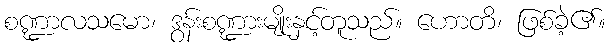
စဏ္ဍာလသမော၊ ဒွန်းစဏ္ဍားမျိုးနှင့်တူသည်။ ဟောတိ၊ ဖြစ်ခဲ့၏။